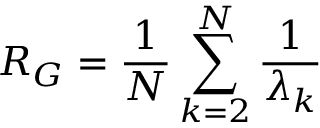
R _ { G } = \frac { 1 } { N } \sum _ { k = 2 } ^ { N } \frac { 1 } { \lambda _ { k } }